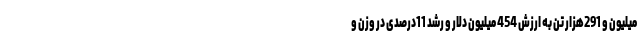
میلیون و 291هزار تن به ارزش 454 میلیون دلار و رشد 11درصدی در وزن و